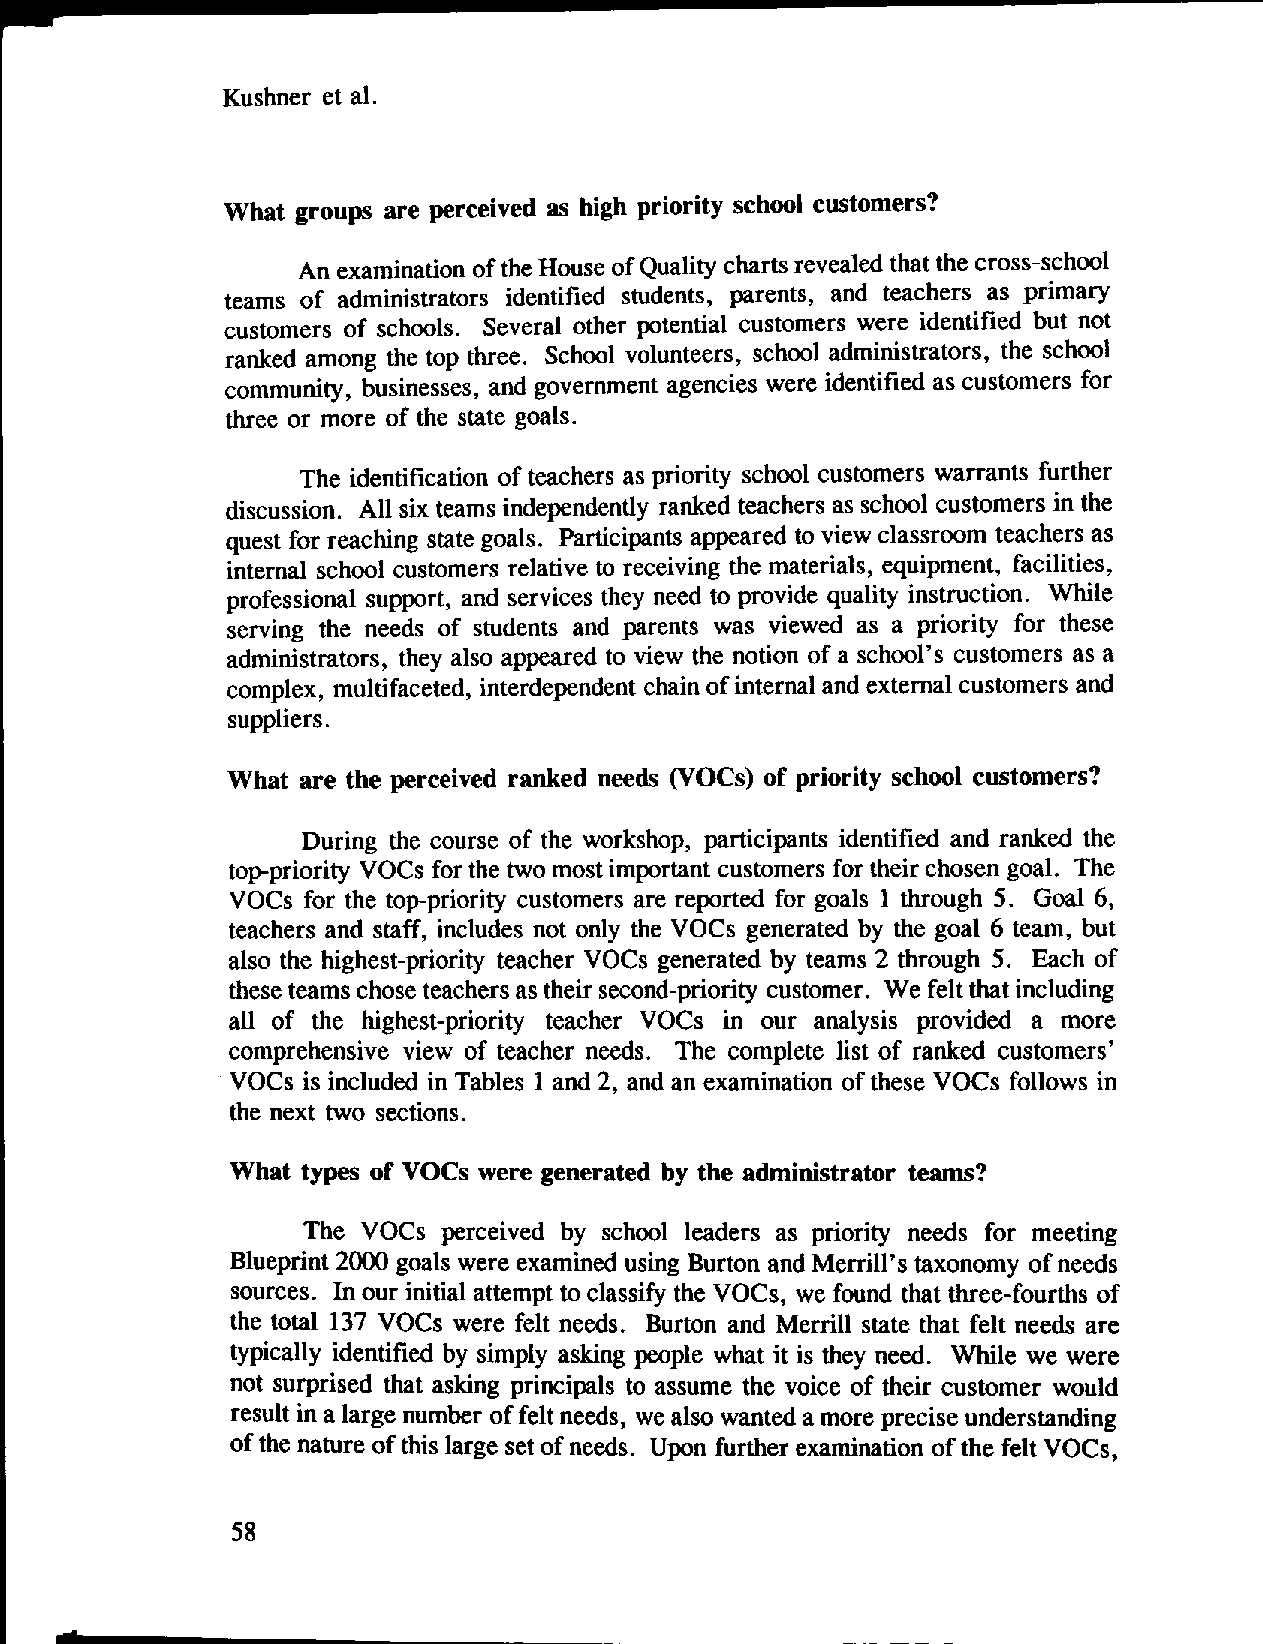
Kushner et al.
 What groups are perceived as high priority school customers?
 An examination of the House of Quality charts revealed that the cross-school
 teams of administrators identified students, parents, and teachers as primary
 customers of schools. Several other potential customers were identified but not
 ranked among the top three. School volunteers, school administrators, the school
 community, businesses, and government agencies were identified as customers for
 three or more of the state goals.
 The identification of teachers as priority school customers warrants further
 discussion. All six teams independently ranked teachers as school customers in the
 quest for reaching state goals. Participants appeared to view classroom teachers as
 internal school customers relative to receiving the materials, equipment, facilities,
 professional support, and services they need to provide quality instruction. While
 serving the needs of students and parents was viewed as a priority for these
 administrators, they also appeared to view the notion of a school's customers as a
 complex, multifaceted, interdependent chain of internal and external customers and
 suppliers.
 What are the perceived ranked needs (VOCs) of priority school customers?
 During the course of the workshop, participants identified and ranked the
 top-priority VOCs for the two most important customers for their chosen goal. The
 VOCs for the top-priority customers are reported for goals 1 through 5. Goal 6,
 teachers and staff, includes not only the VOCs generated by the goal 6 team, but
 also the highest-priority teacher VOCs generated by teams 2 through 5. Each of
 these teams chose teachers as their second-priority customer. We felt that including
 all of the highest-priority teacher VOCs in our analysis provided a more
 comprehensive view of teacher needs. The complete list of ranked customers'
 VOCs is included in Tables 1and 2, and an examination of these VOCs follows in
 the next two sections.
 What types of VOCs were generated by the administrator teams?
 The VOCs perceived by school leaders as priority needs for meeting
 Blueprint 2000 goals were examined using Burton and Merrill's taxonomy of needs
 sources. In our initial attempt to classify the VOCs, we found that three-fourths of
 the total 137 VOCs were felt needs. Burton and Merrill state that felt needs are
 typically identified by simply asking people what it is they need. While we were
 not surprised that asking principals to assume the voice of their customer would
 result ina large number of felt needs, wealso wanted a more precise understanding
 of the nature of this large set of needs. Upon further examination of the felt VOCs,
 58
 d